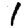
Digit: 1